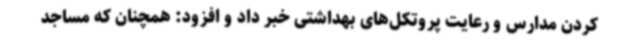
کردن مدارس و رعایت پروتکل‌های بهداشتی خبر داد و افزود: همچنان که مساجد